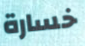
خسارة